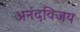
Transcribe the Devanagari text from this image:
अनंदविजय